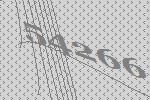
54266